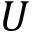
U